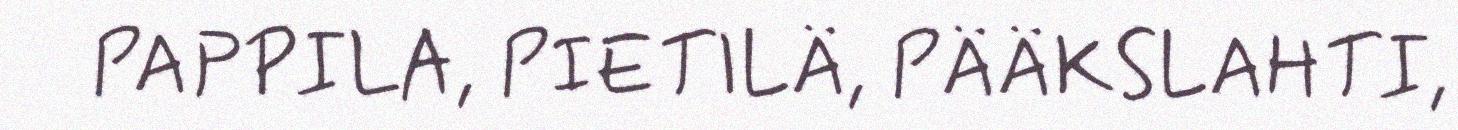
PAPPILA, PIETILÄ, PÄÄKSLAHTI,